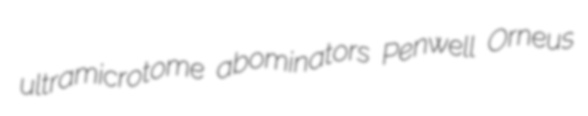
ultramicrotome abominators Penwell Orneus